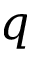
q